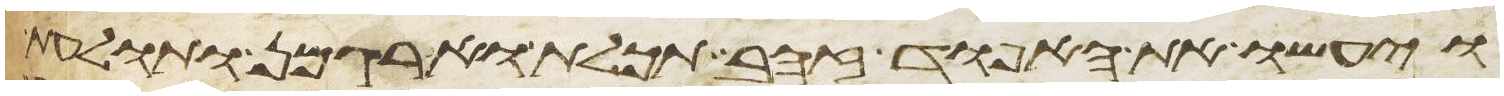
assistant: ויעשו את האפוד זהב תכלת וארגמן ותולעת